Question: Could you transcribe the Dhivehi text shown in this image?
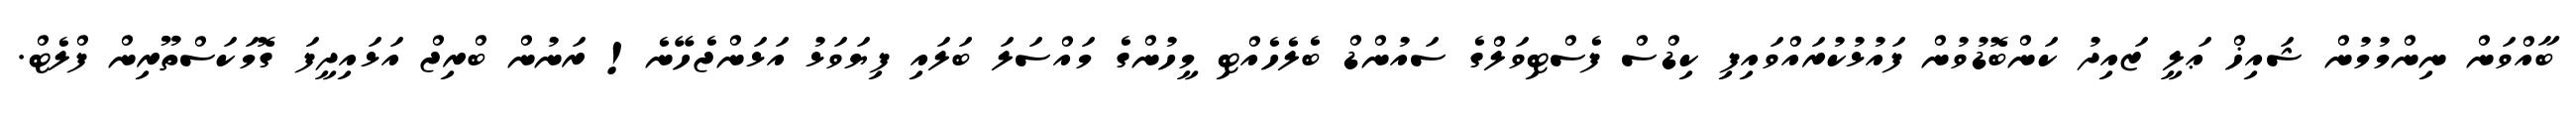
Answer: ބާއްވަން ނިންމުމުން ޝައިޚް ޢަލީ ޒައިދު ކަންބޮޑުވުން ފައުޅުކުރައްވައިފި ކިޑްސް ފެސްޓިވަލްގެ ސައުންޑް ބެލެހެއްޓި މީހުންގެ މައްސަލަ ބަލައި ފިޔަވަޅު އަޅަންޖެހޭނެ! ރަނުން ބްރިޖް އަޅައިދީފަ ގޮމަކަސްތޫރިން ފްލެޓް.